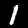
Label: 1